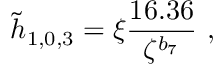
\tilde { h } _ { 1 , 0 , 3 } = \xi \frac { 1 6 . 3 6 } { \zeta ^ { b _ { 7 } } } \ ,